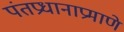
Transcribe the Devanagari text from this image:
पंतप्रधानाप्रमाणे